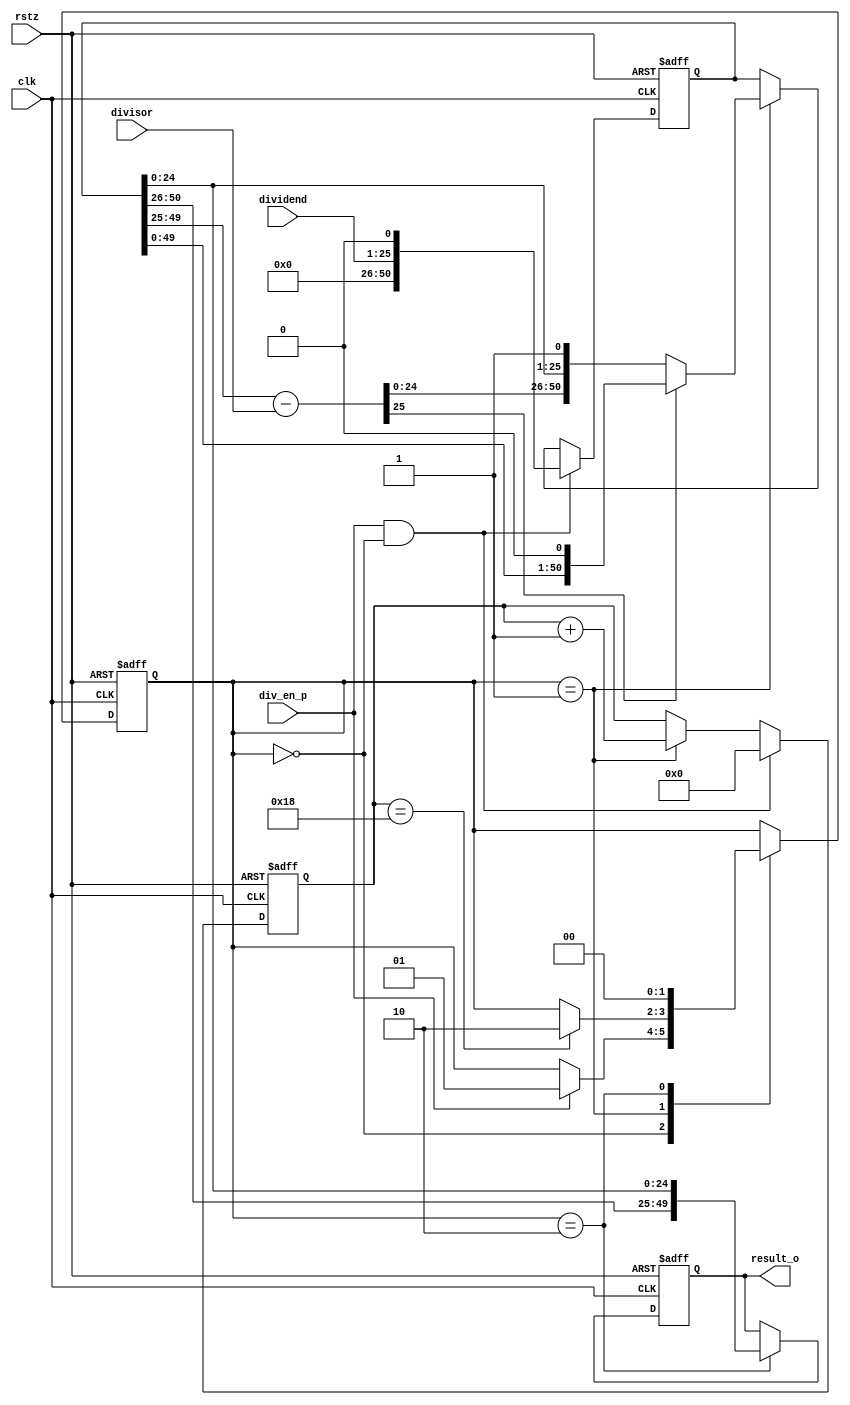
//
// 2019/04/24
// div : 
//

module div(
clk, rstz,
div_en_p,
dividend,
divisor,
result_o
);

input clk, rstz;
input div_en_p;
input [24:0] dividend;
input [6:0] divisor;
output [49:0] result_o;

parameter IDLE=2'h0, DIVON=2'h1, DIVEnd=2'h2;
reg [1:0] cs, ns;
wire [25:0] div_temp;
reg [50:0] op_dividend;
reg [4:0] divcnt;
always @(posedge clk or negedge rstz)
begin
  if (!rstz)
    begin
      op_dividend <= 0;
      divcnt <=0;
    end  
  else if (div_en_p && (cs==IDLE))
    begin
      op_dividend <= {25'b0,dividend[24:0],1'b0};
      divcnt <=0;
    end  
  else if (cs==DIVON)
    begin
      op_dividend <= div_temp[25] ? {op_dividend[49:0],1'b0} : {div_temp[24:0],op_dividend[24:0],1'b1};
      divcnt <= divcnt + 1'b1;
    end  
end

reg [49:0] result_o;
always @(posedge clk or negedge rstz)
begin
  if (!rstz)
    result_o <= 0;
  else if (cs==DIVEnd)
    result_o <= {op_dividend[50:26],op_dividend[24:0]};  //rem, div
end

assign div_temp = {1'b0, op_dividend[49:25]} - {1'b0, divisor};

always @(posedge clk or negedge rstz)
begin
  if (!rstz)
    cs <= 0;
  else 
    cs <= ns;
end

always @*
begin
  ns = cs;
  case(cs)
    IDLE:
      begin
        if (div_en_p) ns = DIVON;
      end
    DIVON:
      begin
        if (divcnt==5'd24) ns = DIVEnd;
      end  
    DIVEnd:
      ns = IDLE;  
  endcase
end
endmodule